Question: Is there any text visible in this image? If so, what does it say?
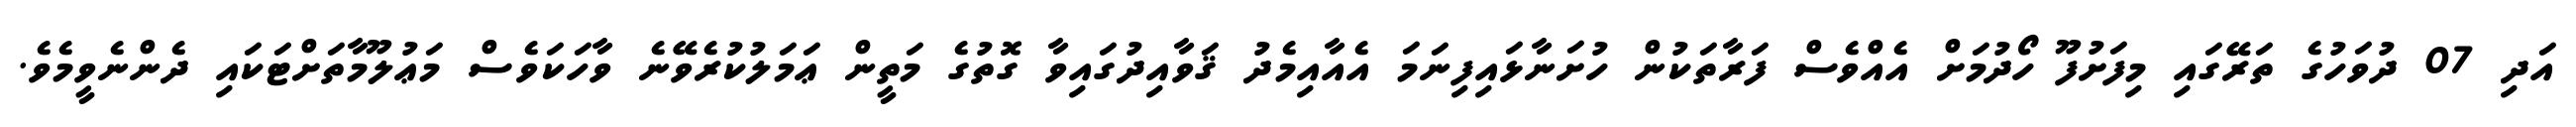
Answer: އަދި 07 ދުވަހުގެ ތަރޭގައި މިފަށުފޫ ހޯދުމަށް އެއްވެސް ފަރާތަކުން ހުށަނާޅައިފިނަމަ އެއާއިމެދު ޤަވާއިދުގައިވާ ގޮތުގެ މަތީން ޢަމަލުކުރެވޭނެ ވާހަކަވެސް މަޢުލޫމާތަށްޓަކައި ދެންނެވީމެވެ.